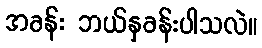
အခန်း ဘယ်နှခန်းပါသလဲ။